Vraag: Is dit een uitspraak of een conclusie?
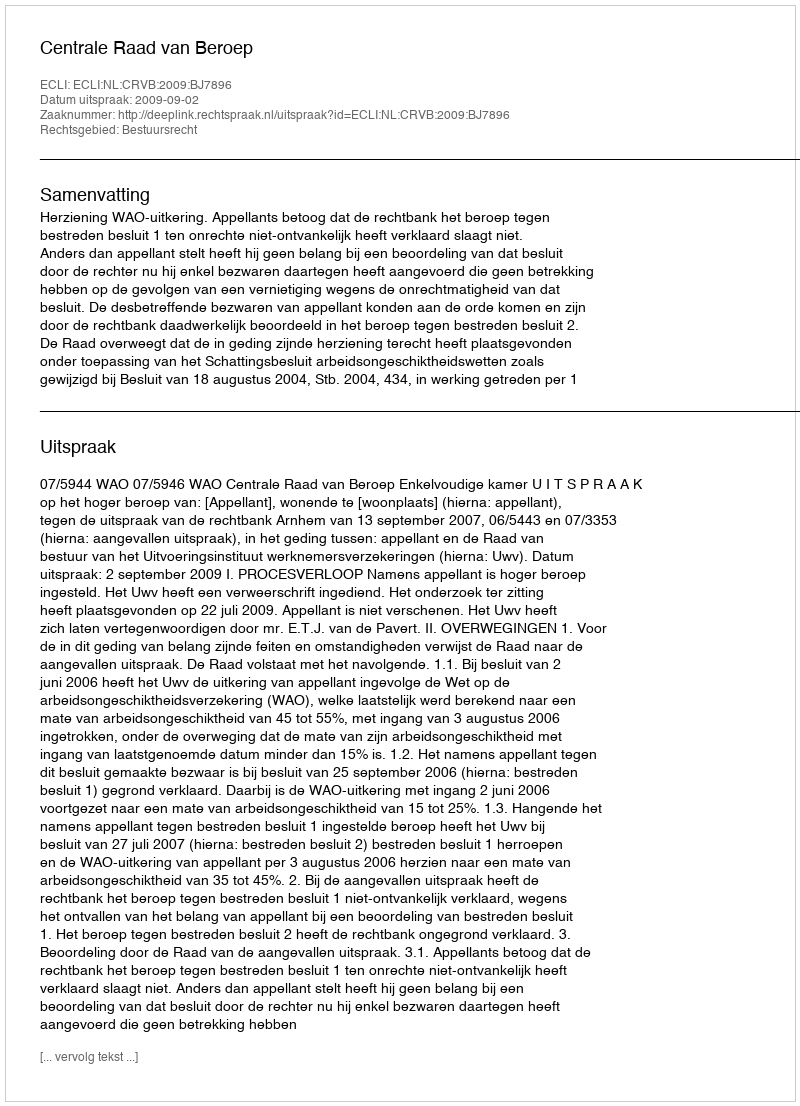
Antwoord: Uitspraak